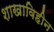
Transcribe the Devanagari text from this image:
शाखाविहीन